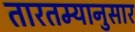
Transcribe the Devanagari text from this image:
तारतम्यानुसार